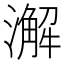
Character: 澥